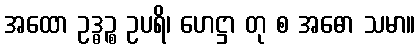
အထော ဥဒ္ဓဉ္စ ဥပရိ၊ ဟေဋ္ဌာ တု စ အဓော သမာ။